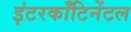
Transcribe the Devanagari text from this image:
इंटरकॉंटिनेंटल